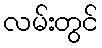
လမ်းတွင်